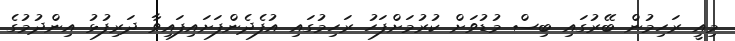
މިއީ ރަހިމުން ބޭރުގައި ބިސް މުޑުވަށް ކުރުމަށްފަހު ރަހިމުގައި އުފެދެންފަށައިފައިވާ ދަރިފުޅު އިންދުމުގެ